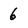
Character: 6